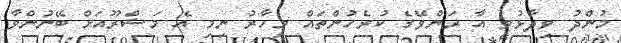
މުންދު ވިދާޅުވީ އާ ރަންވޭގެ ކުރެހުންތައް މިހާރު ނިމި އެ މަޝްރޫއަށް ބޭނުންވާ